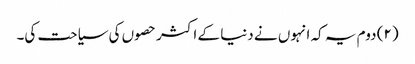
(۲) دوم یہ کہ انہوں نے دنیا کے اکثر حصوں کی سیاحت کی۔